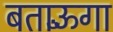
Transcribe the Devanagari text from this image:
बताऊँगा